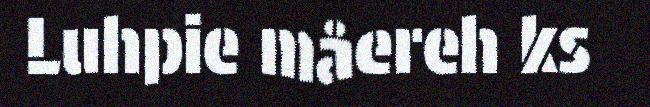
Luhpie måereh ks